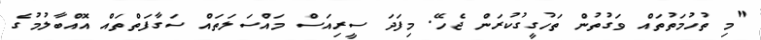
"މި ތުހުމަތުތައް ވަގުތުން ތަހުގީގުކުރަން ޖެހޭ. މިފަދަ ސީރިއަސް މައްސަލަތައް ސަގާފަތްތައް އޮއްބާލުމުގެ